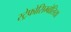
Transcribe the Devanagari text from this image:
स्ट्रेफोसिम्बोलिया